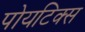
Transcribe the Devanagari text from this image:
पोयटिक्स